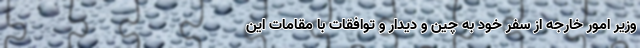
وزیر امور خارجه از سفر خود به چین و دیدار و توافقات با مقامات این